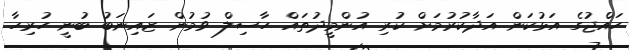
ހައްޖުގެ އަޅުކަން އަދާކުރުމަށް ކުރި އުންމީދުތައް ހާސިލް ވުމުން ޒައިނަބު ބުނީ ހުރިހާ